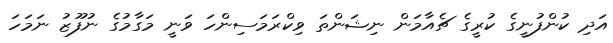
އަދި ކުންފުނީގެ ކުރީގެ ޗެއާމަން ނިޝަންތަ ވިކްރަމަސިންހަ ވަނީ މަގާމުގެ ނުފޫޒު ނަމަހަ